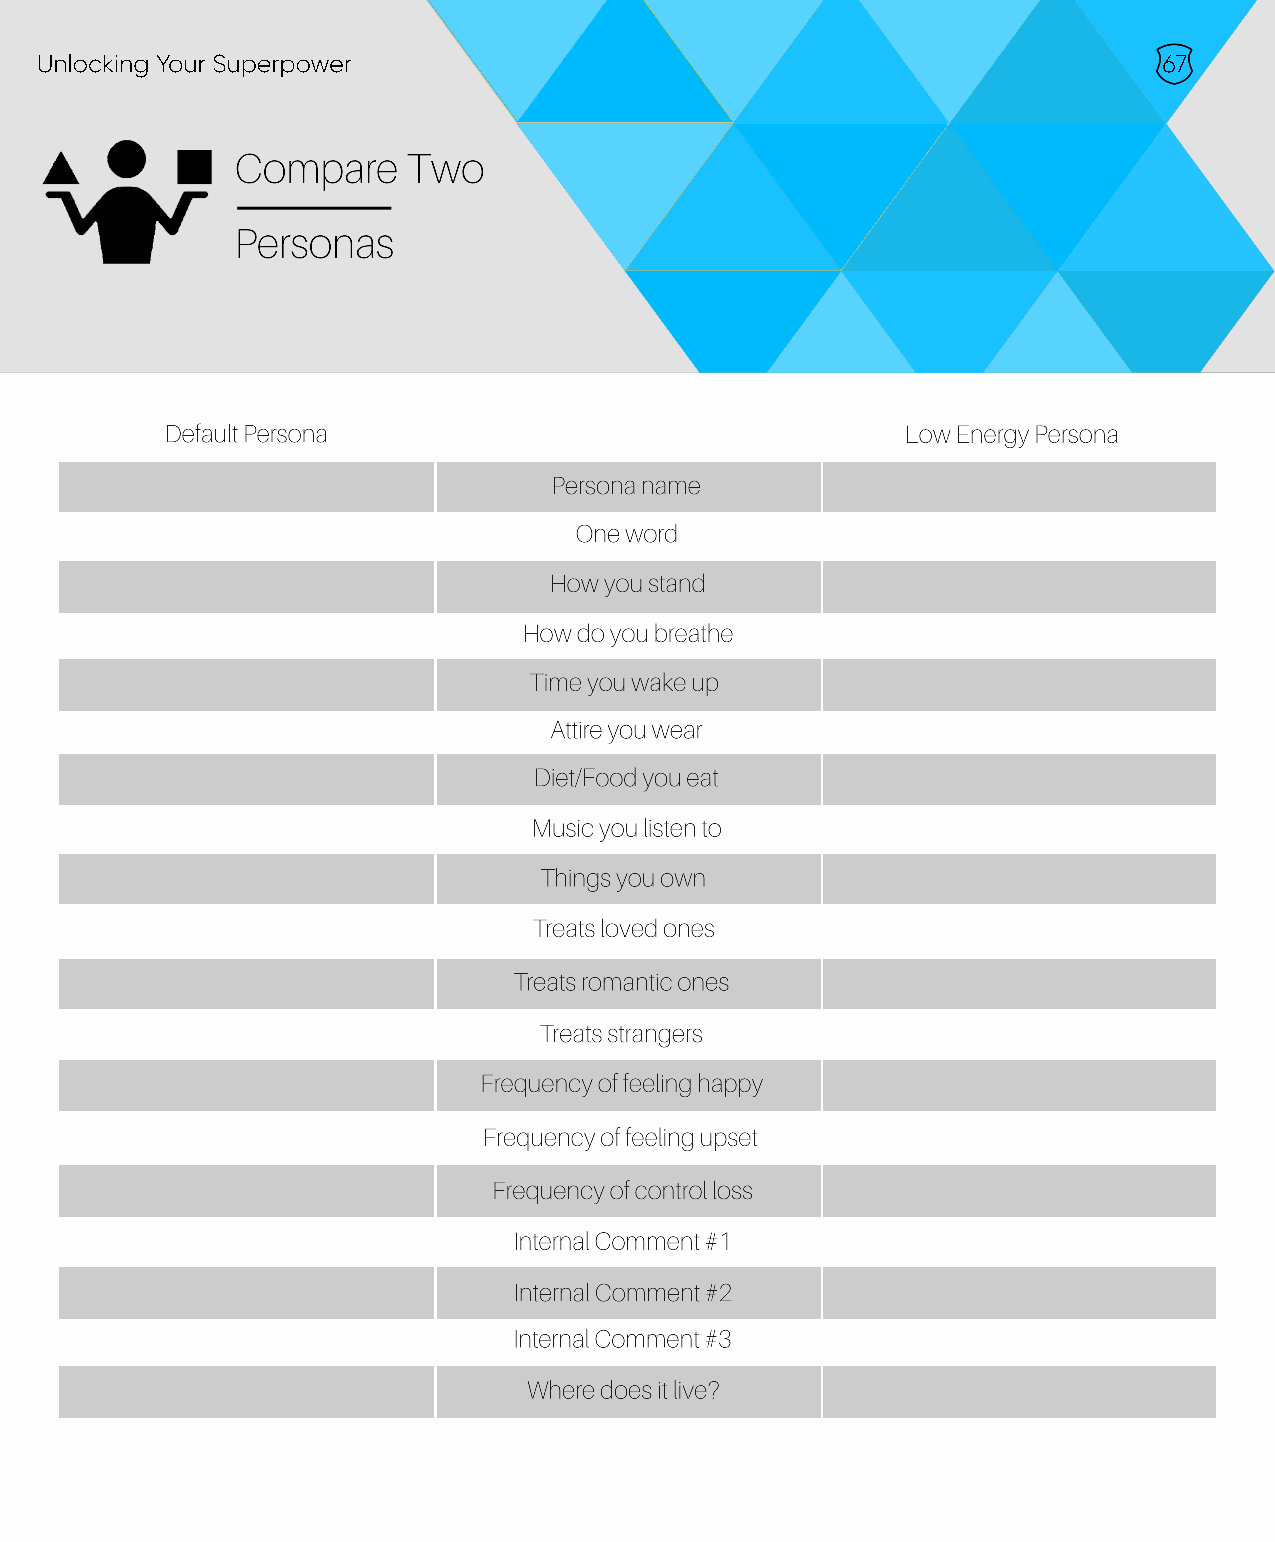
Unlocking Your Superpower                                                  67